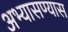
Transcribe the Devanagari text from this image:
अभ्यासण्यास